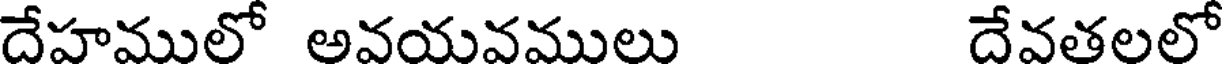
దేహములో అవయవములు దేవతలలో